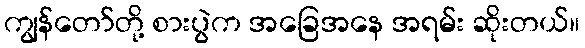
ကျွန်တော်တို့ စားပွဲက အခြေအနေ အရမ်း ဆိုးတယ်။